Leaving Certificate Examination, 1916
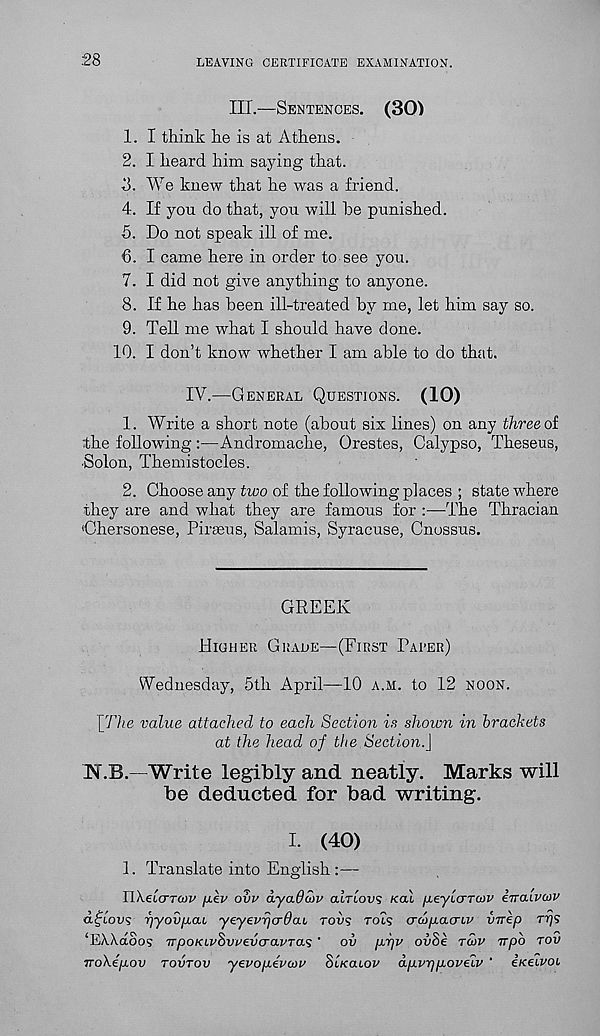
28
LEAVING CERTIFICATE EXAMINATION.
III.—SENTENCES. (30)
1. I think he is at Athens.
2. I heard him saying that.
d. We knew that he was a friend.
4. If you do that, you will he punished.
5. Do not speak ill of me.
6. I came here in order to see you.
7. I did not give anything to anyone.
8. If he has been ill-treated by me, let him say so.
9. Tell me what I should have done.
10.
I don’t know whether I
IV.—GENERAL QUESTIONS. (10)
1. Write a short note (about six lines) on any three oi
the following :—Andromache, Orestes, Calypso, Theseus,
■ Solon, Themistocles.
2. Choose any tioo of the following places ; state where
they are and what they are famous for :—The Thracian
'Chersonese, Piraeus, Salamis, Syracuse, Cnossus.
GREEK
HIGHER GUAUE—(FIRST PARER)
Wednesday, 5th April—10 A.M. to 12 NOON.
[The value attached to each Section is shown in brackets
at the head of the Section.}
JST.B.—Write legibly and neatly. Marks will
be deducted for bad writing.
I. (40)
1. Translate into English :—-
UXelcrTcov /JLCV ovv dyaOSiv curious /cal /xe-ylcrTcov irralvcov
dijlovs TjyovjxaL yeyevyjcrOcu rows rots crai/xacriu vnep rij?
‘EAAdoos TTpoKLvhvv€.vcra.vT<x<; ' ov p.rjv ovSe TU>V vpb TOV
TroXep.ov TOVTOV yevopevcou SiKcuov dp.vr)p.oveiv ‘ iKetvoi